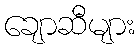
ချောဆီများ